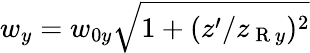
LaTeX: w_{y}=w_{0y}\sqrt{1+(z^{\prime}/z_{\mathrm{~R~}y})^{2}}